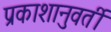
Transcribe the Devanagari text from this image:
प्रकाशानुवर्ती